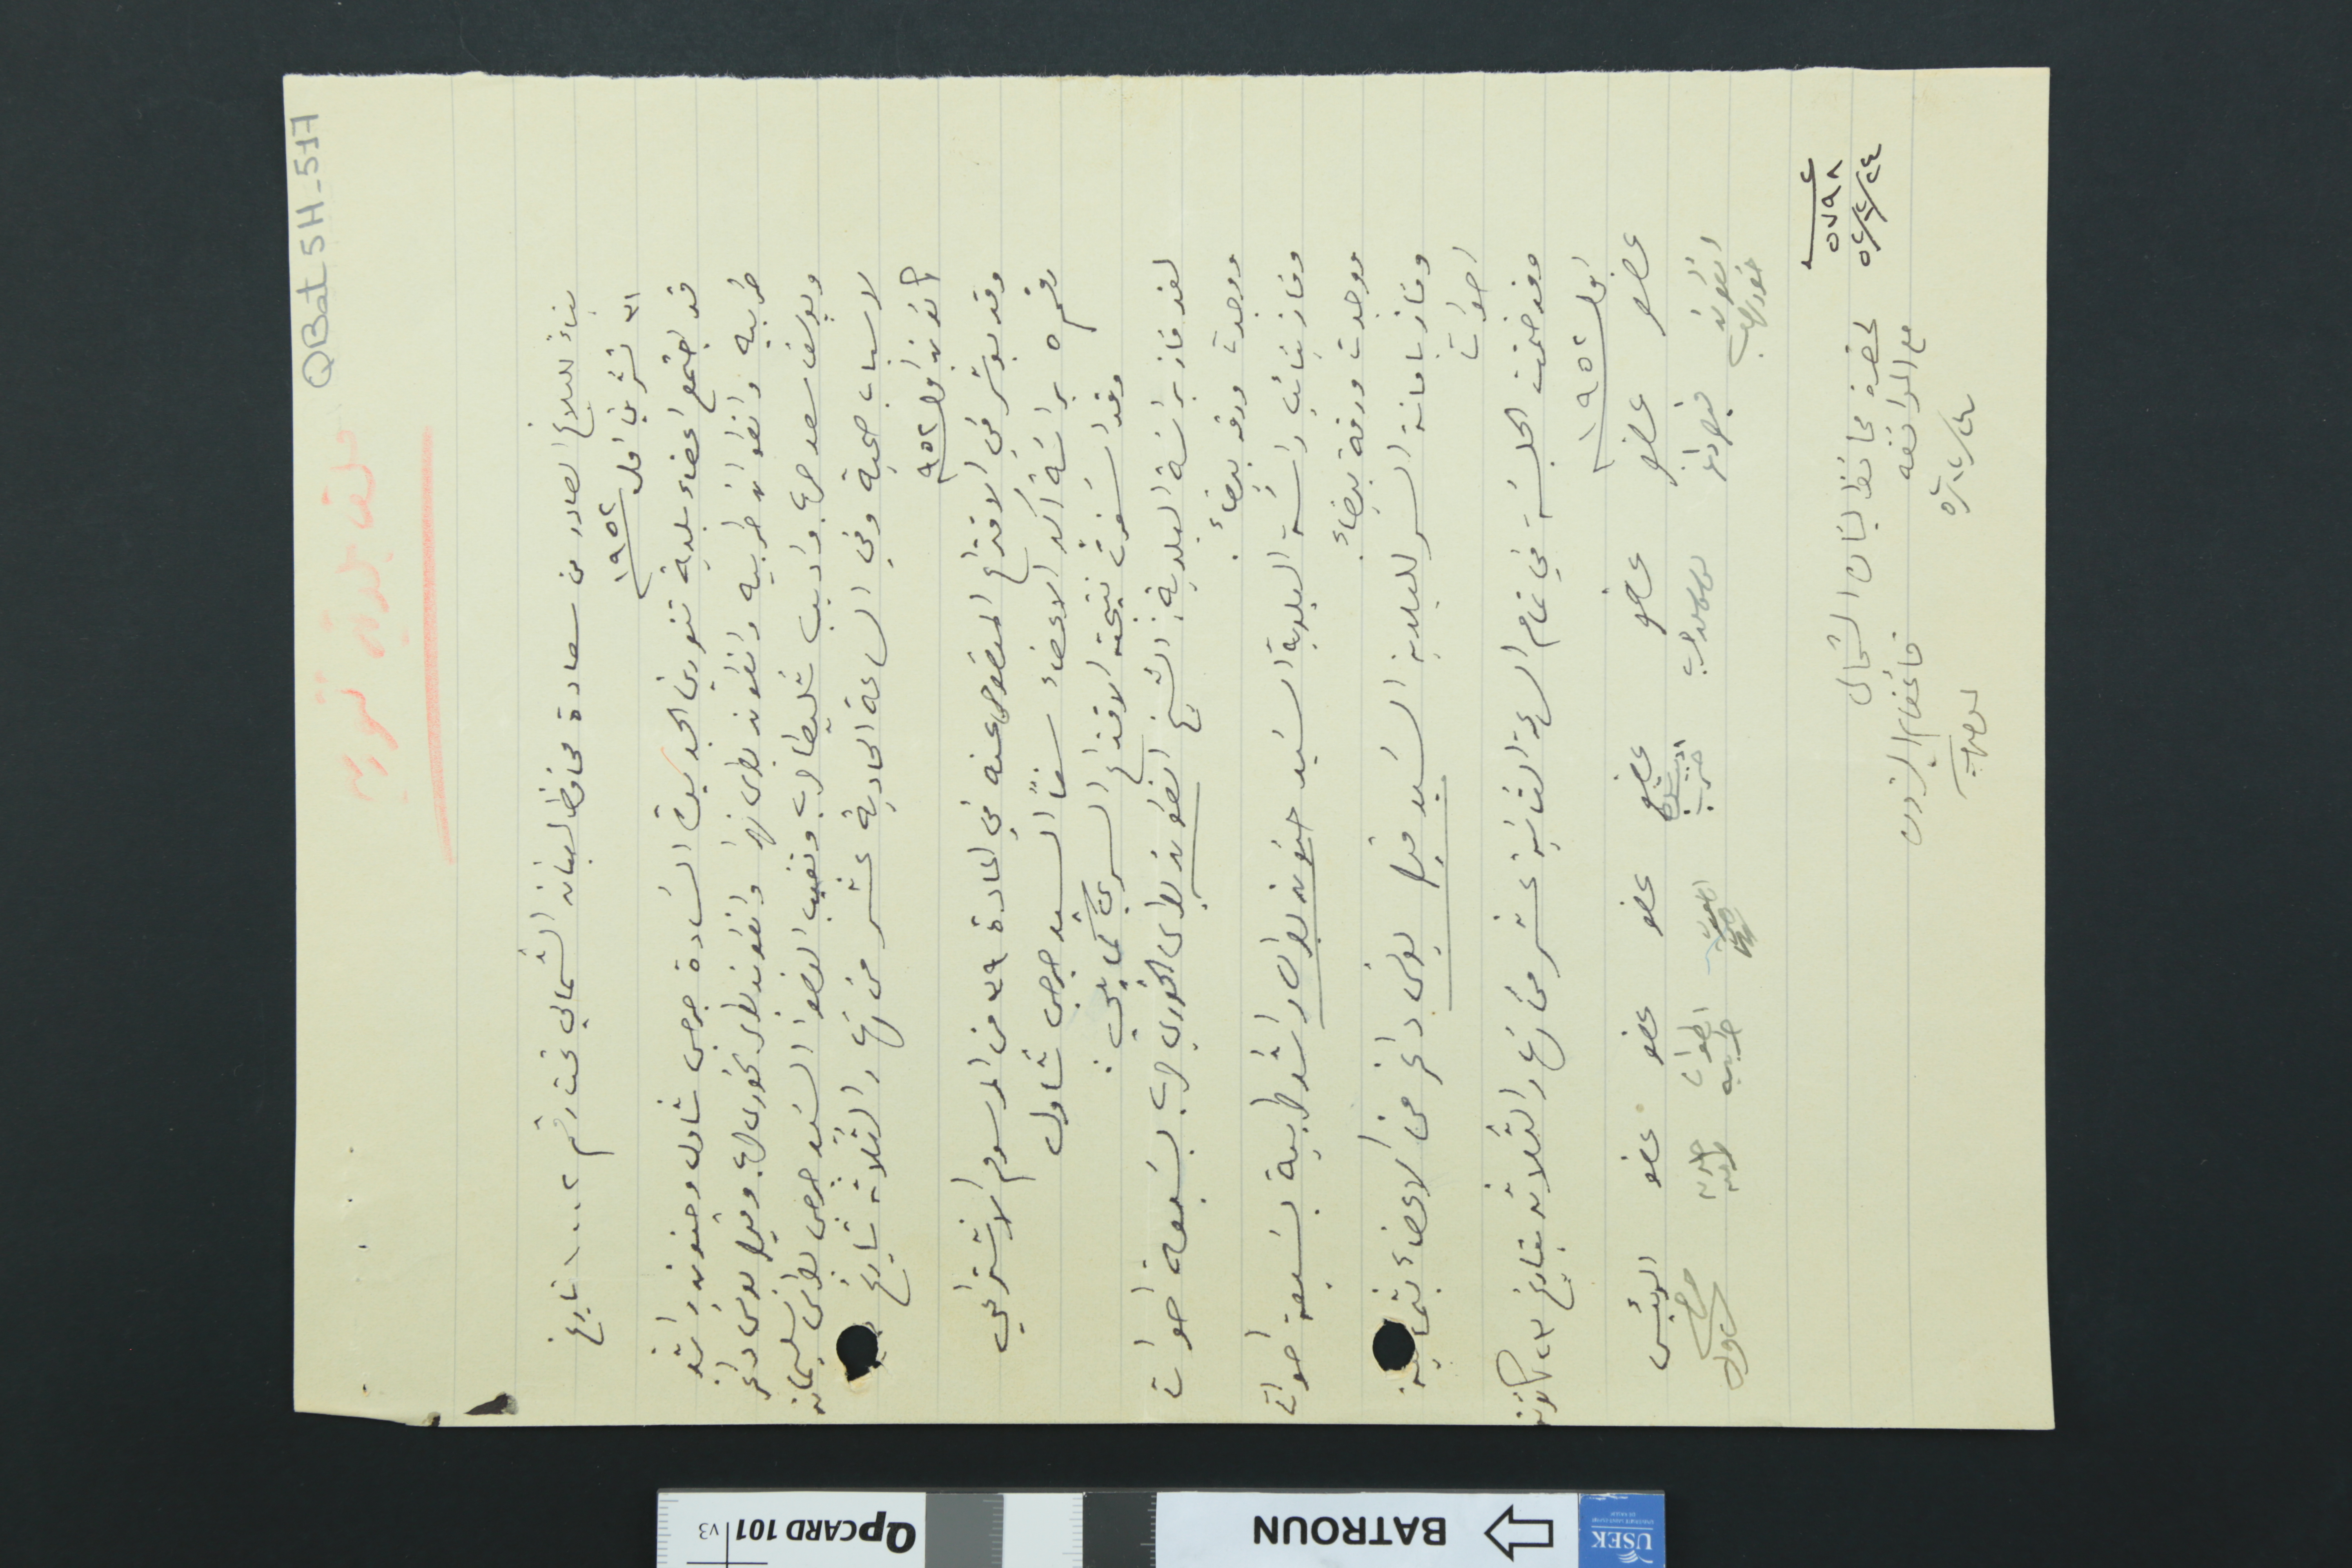
QBat5H-517                ملف بلدية تنورين
بناء للبلاغ الصادر عن سعادة محافظ لبنان الشمالي رقم ١٠٠٢ تاريخ
٣١ تشرين اول سنة ١٩٥٢
قد اجتمع اعضاء بلدية تنورين الجديدة السَادة جرجس شاول وحنون راشد
طربيه وانطوان طربيه وانطون بطرس نهرا وانطون بطرس الخوري حرب وقيصر يونس داغر
ويوسف سعد حرب واديب شليطا حرب وتغيب العضوا السَيد جرجس بطرس سليمان
لاسباب صحية وفي الساعة الحادية عشر من نهار الثلاثه تاريخ
كانون اول سنة ٩٥٢
وقد بوشر في الاقتراع المنصوص عنه في المادة ٣٩ من المرسوم الاشتراعي
رقم ٥ براسَة اكبر الاعضاء سناً السيد جرجس شَاول
وقد اسَفرت نتيجة الاقتراع السري كما يلي :
لقد فاز براسَة البلدية : الشيخ انطون بطرس الخوري حرب بسبعَة اصوات
ووجدت ورقة بيضاء.
وفاز بنائب راسَة البلدية السَيد حنون بطرس راشد طربية بسَبعة اصوات
ووجدت ورقة بيضاء.
وفاز بامانة السر للبلدية السَيد قيصر يونس داغر من الاعضاء بثماية
اصوات
وقد ضمّت الجلسَة في تمام الساعة الثانية عشر من نهار الثلاثه بتاريخ ٢٣ كانون
اول سنة ١٩٥٢
عضو انطون خوري حرب
عضو قيصر داغر
عضو يوسف سعد حرب
عضو اديب شليطا حرب
عضو انطون بطرس نهرا
عضو انطوان طربيه
عضو حنون راشد
الرئيس جرجس شاول
عدد ٥٧٩٨	٢٤/١٢/٥٢
لحضرة محافظ لبنان الشمالي
مع الموافقه ٢٤/١٢/٥٢
قائمقام البترون